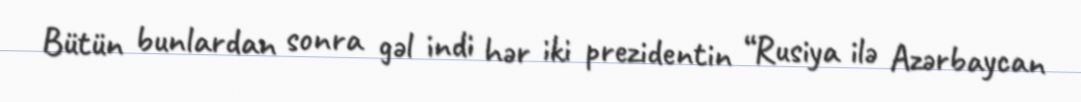
Bütün bunlardan sonra gəl indi hər iki prezidentin “Rusiya ilə Azərbaycan